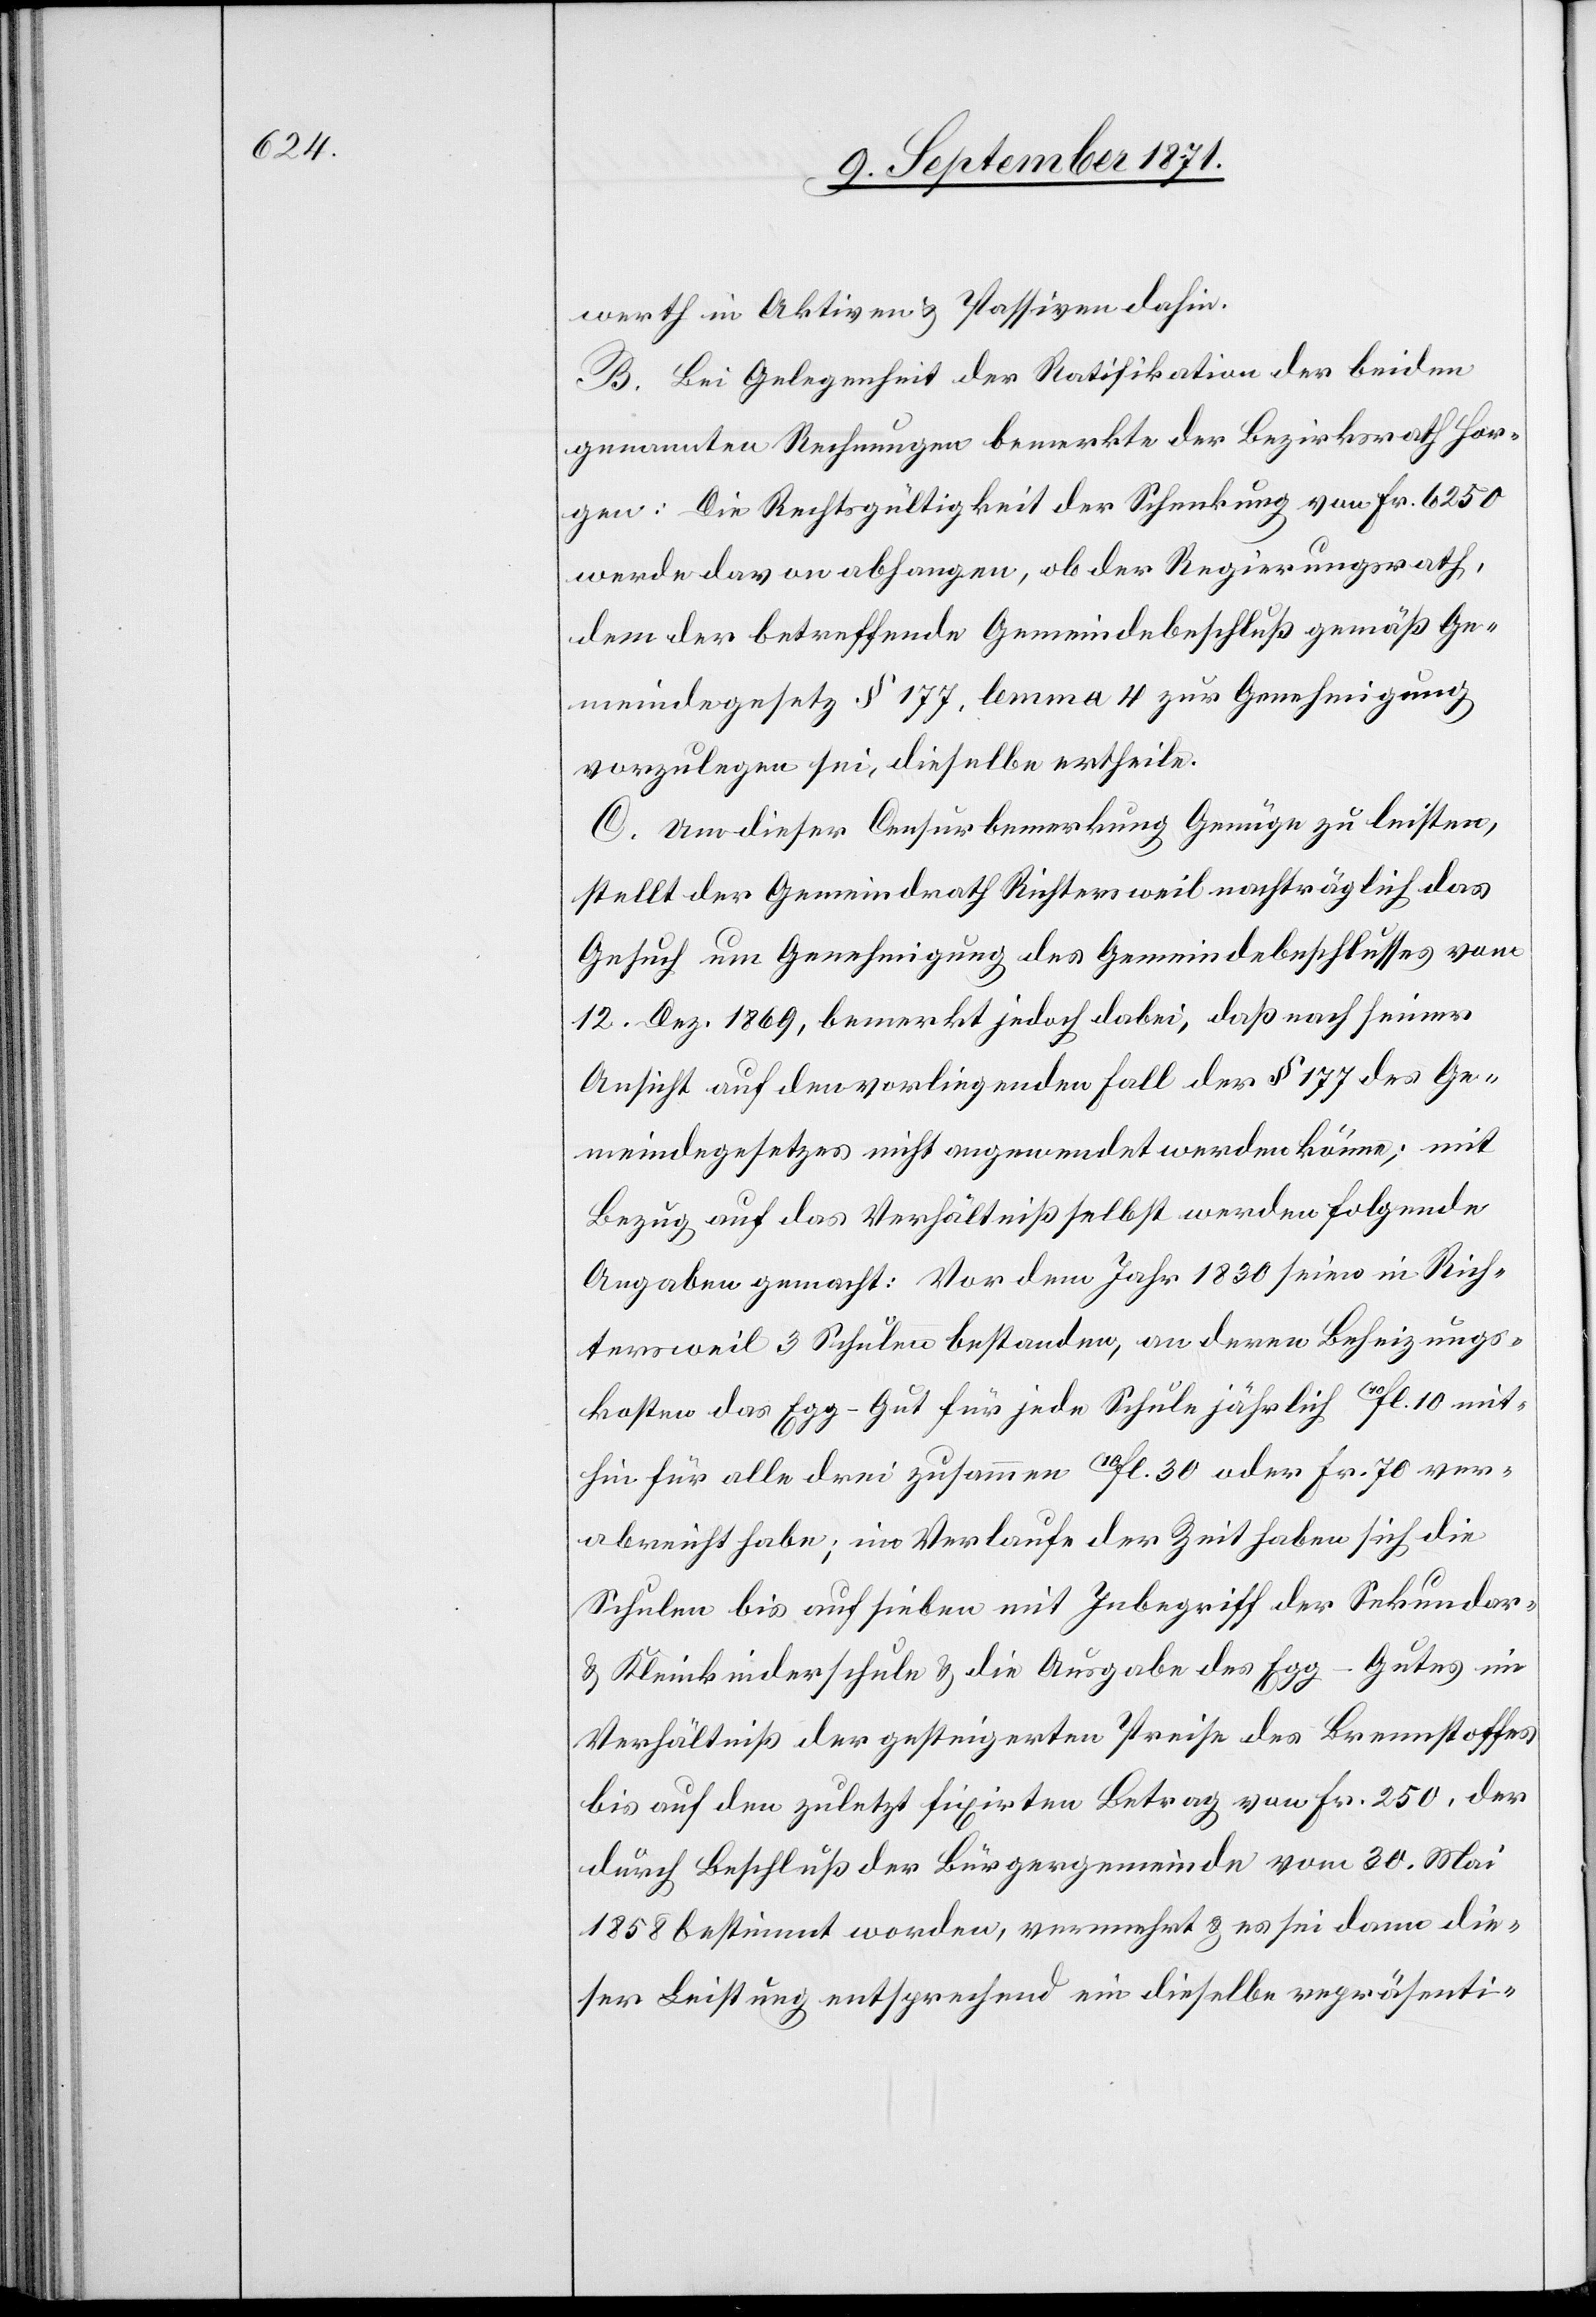
werth in Aktien & Passiven dahin.
B. Bei Gelegenheit der Ratifikation der beiden
genannten Rechnungen bemerkte der Bezirksrath Hor¬
gen: Die Rechtsgültigkeit der Schenkung von Fr. 6250
werde davon abhangen, ob der Regierungsrath
dem der betreffende Gemeindebeschluß gemäß Ge¬
meindegesetz § 177, lemma 4 zur Genehmigung
vorzulegen sei, dieselbe ertheile.
C. Um dieser Censurbemerkung Genüge zu leisten,
stellt der Gemeindrath Richtersweil nachträglich das
Gesuch um Genehmigung des Gemeindebeschlusses vom
12. Dez. 1869, bemerkt jedoch dabei, daß nach seiner
Ansicht auf den vorliegenden Fall der § 177 des Ge¬
meindegesetzes nicht angewendet werden könne; mit
Bezug auf das Verhältniß selbst werden folgende
Angaben gemacht: Vor dem Jahr 1830 seien in Rich¬
tersweil 3 Schulen bestanden, an deren Beheizungs¬
kosten das Egg-Gut für jede Schule jährlich 10Fl. 10 mit¬
hin für alle drei zusammen 10Fl. 30 oder Fr. 70 ver¬
abreicht habe; im Verlaufe der Zeit haben sich die
Schulen bis auf sieben mit Inbegriff der Sekundar-
& Kleinkinderschule & die Ausgabe des Egg-Gutes im
Verhältniß der gesteigerten Preise des Brennstoffes
bis auf den zuletzt fixirten Betrag von Fr. 250, der
durch Beschluß der Bürgergemeinde vom 30. Mai
1850 bestimmt worden, vermehrt & es sei dann die¬
ser Leistung entsprechend ein dieselbe repräsenti-